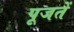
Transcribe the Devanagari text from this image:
पूजतें